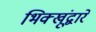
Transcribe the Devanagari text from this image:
भिक्खूंद्वारे